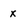
Character: x